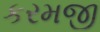
કરમજી